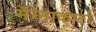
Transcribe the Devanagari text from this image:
मॅग्नाकार्टा